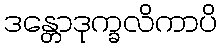
ဒန္တောဒုက္ခလိကာပိ